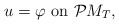
\begin{align*}u = \varphi \mbox{ on }\mathcal{P} M_T,\end{align*}